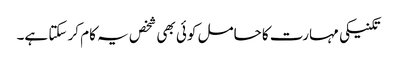
تکنیکی مہارت کا حامل کوئی بھی شخص یہ کام کر سکتا ہے۔